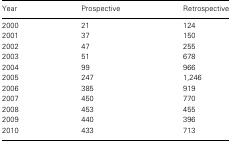
<table><thead><tr><td><b>Year</b></td><td><b>Prospective</b></td><td><b>Retrospective</b></td></tr></thead><tbody><tr><td>2000</td><td>21</td><td>124</td></tr><tr><td>2001</td><td>37</td><td>150</td></tr><tr><td>2002</td><td>47</td><td>255</td></tr><tr><td>2003</td><td>51</td><td>678</td></tr><tr><td>2004</td><td>99</td><td>966</td></tr><tr><td>2005</td><td>247</td><td>1,246</td></tr><tr><td>2006</td><td>385</td><td>919</td></tr><tr><td>2007</td><td>450</td><td>770</td></tr><tr><td>2008</td><td>453</td><td>455</td></tr><tr><td>2009</td><td>440</td><td>396</td></tr><tr><td>2010</td><td>433</td><td>713</td></tr></tbody></table>